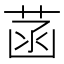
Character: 菡